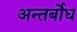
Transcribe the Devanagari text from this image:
अन्तर्बोध